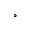
^ \circ